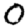
Digit: 0